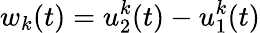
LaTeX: w_{k}(t)=u_{2}^{k}(t)-u_{1}^{k}(t)